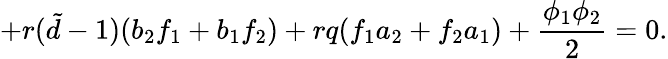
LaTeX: +r({\tilde{d}}-1)(b_{2}f_{1}+b_{1}f_{2})+rq(f_{1}a_{2}+f_{2}a_{1})+\frac{\phi_{1}\phi_{2}}{2}=0.